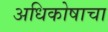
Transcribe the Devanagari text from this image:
अधिकोषाचा